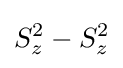
S_{z}^{2}-S_{z}^{2}